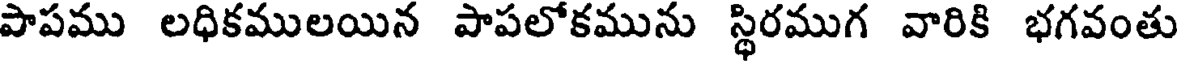
పాపము లధికములయిన పాపలోకమును స్థిరముగ వారికి భగవంతు